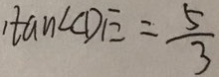
\tan \angle C D E = \frac { 5 } { 3 }